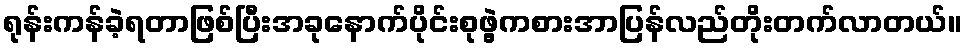
ရုန်းကန်ခဲ့ရတာဖြစ်ပြီးအခုနောက်ပိုင်းစုဖွဲ့ကစားအာပြန်လည်တိုးတက်လာတယ်။